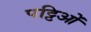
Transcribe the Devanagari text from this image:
पट्टिओं